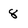
Character: 8